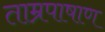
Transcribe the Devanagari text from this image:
ताम्रपाषाण